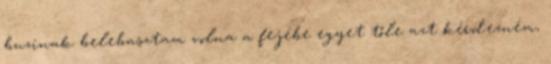
buzinak belebasztam volna a fejébe egyet tőle azt kérdezném,